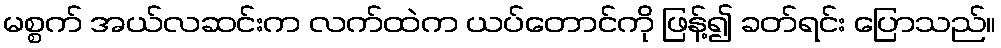
မစ္စက် အယ်လဆင်းက လက်ထဲက ယပ်တောင်ကို ဖြန့်၍ ခတ်ရင်း ပြောသည်။